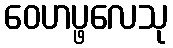
ဝေဟပ္ဖလေသု